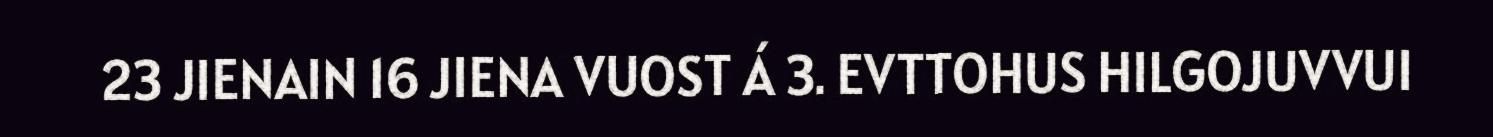
23 JIENAIN 16 JIENA VUOST Á 3. EVTTOHUS HILGOJUVVUI